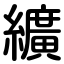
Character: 纊